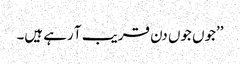
’’جوں جوں دن قریب آ رہے ہیں۔